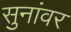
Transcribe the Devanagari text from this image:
सुनांवर